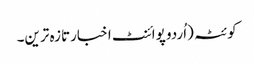
کوئٹہ (اُردو پوائنٹ اخبارتازہ ترین۔